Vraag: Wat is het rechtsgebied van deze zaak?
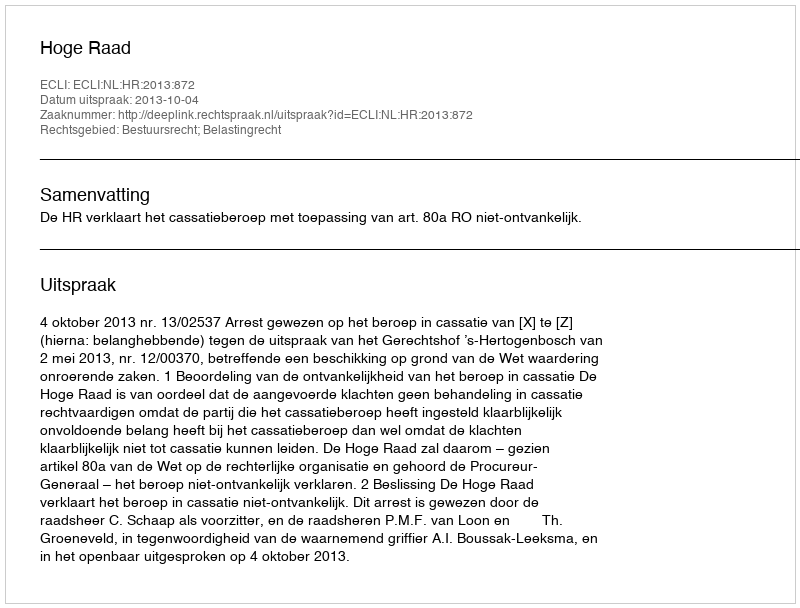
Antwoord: Bestuursrecht; Belastingrecht